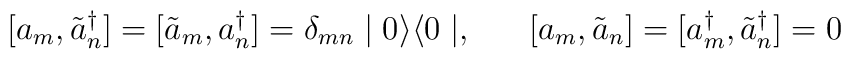
[a_{m}, \tilde{a}^{\dagger}_{n}] = [\tilde{a}_{m}, a^{\dagger}_{n}] = \delta_{mn} \mid 0 \rangle \langle 0 \mid  , \;\;\;\;\;\; [a_{m}, \tilde{a}_{n}] = [a^{\dagger}_{m}, \tilde{a}^{\dagger}_{n}] = 0